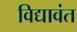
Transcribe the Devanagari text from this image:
विद्यावंत